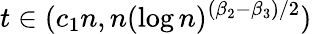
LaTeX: t\in(c_{1}n,n(\log n)^{(\beta_{2}-\beta_{3})/2})